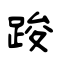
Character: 踆